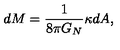
d M = { \frac { 1 } { 8 \pi G _ { N } } } \kappa d A ,